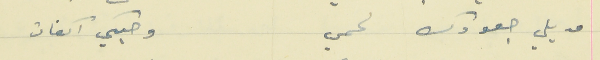
مديلي جعودك لحمي                                    وحبكي اكفان